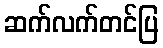
ဆက်လက်တင်ပြ